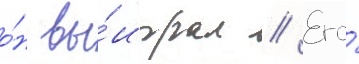
о́н вы́играл // Его́